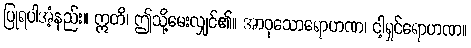
ပြုရပါအံ့နည်း။ ဣတိ၊ ဤသို့မေးလျှင်၏။ အာဝုသောရောဟဏ၊ ငါ့ရှင်ရောဟဏ။